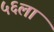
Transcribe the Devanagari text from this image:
५६ला